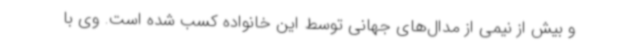
و بیش از نیمی از مدال‌های جهانی توسط این خانواده کسب شده است. وی با